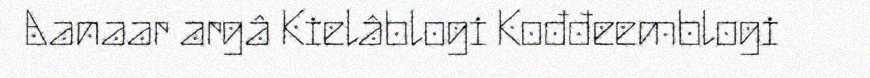
Aanaar argâ Kielâblogi Kođđeemblogi